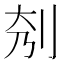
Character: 𠛘